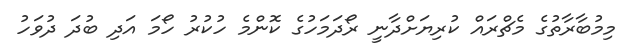
މިމުބާރާތުގެ މެޗްރައް ކުރިޔަށްދާނީ ރޯދަމަހުގެ ކޮންމެ ހުކުރު ހޯމަ އަދި ބުދަ ދުވަހު